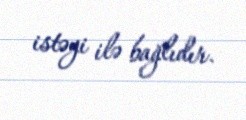
istəyi ilə bağlıdır.